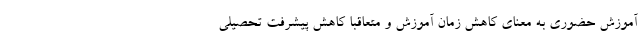
آموزش حضوری به معنای کاهش زمان آموزش و متعاقباً کاهش پیشرفت تحصیلی